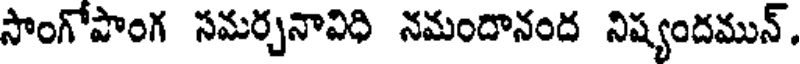
సాంగోపాంగ సమర్చనావిధి నమందానంద నిష్యందమున్.